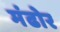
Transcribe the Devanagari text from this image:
मंढोर